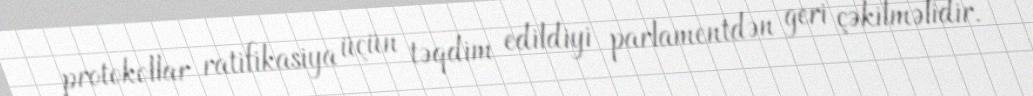
protokollar ratifikasiya üçün təqdim edildiyi parlamentdən geri çəkilməlidir.